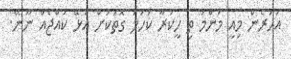
އަހަރެން މިއީ މަންމަ ތި ހީކުރާ ކަހަލަ ގޮތަކަށް އުޅޭ ކުއްޖެއް ނޫނޭ.